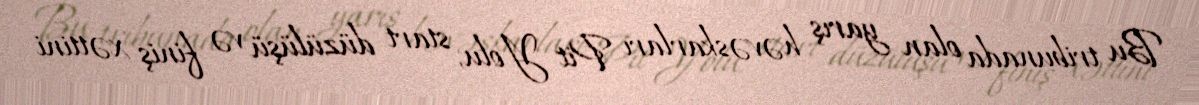
Bu tribunada olan yarış həvəskarları Pit Yolu, start düzülüşü və finiş xəttini